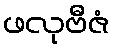
ဖလုဗီဇံ